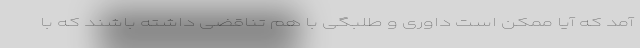
آمد که آیا ممکن است داوری و طلبگی با هم تناقضی داشته باشند که با